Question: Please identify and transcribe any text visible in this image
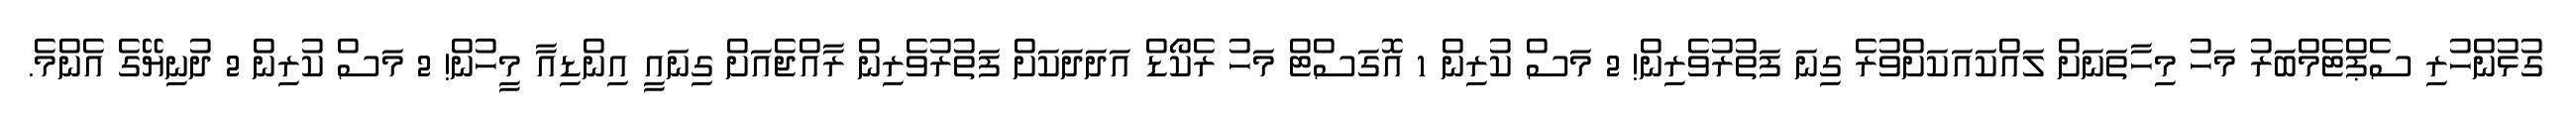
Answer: ގުޅުންހުރި ސެޕްޓެމްބަރު މަހު މިހާތަނަށް ލައްކައަކަށްވުރެ ގިނަ ފަތުރުވެރިން! 2 މަސް ކުރިން 1 އޮގަސްޓް މަހު ރެކޯޑް އަދަދަކަށް ފަތުރުވެރިން ރާއްޖެއަށް ގިނައީ އިންޑިއާ މީހުން! 2 މަސް ކުރިން 2 ދުނިޔޭގެ އެންމެ.